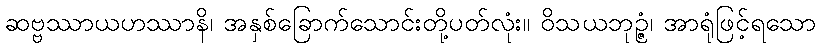
ဆဗ္ဗဿာယဟဿာနိ၊ အနှစ်ခြောက်သောင်းတို့ပတ်လုံး။ ဝိသယဘုဉ္ဇံ၊ အာရုံဖြင့်ရသော